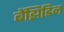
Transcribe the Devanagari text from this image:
बेंझिडिन